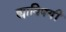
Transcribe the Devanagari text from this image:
ह्याविषयीं